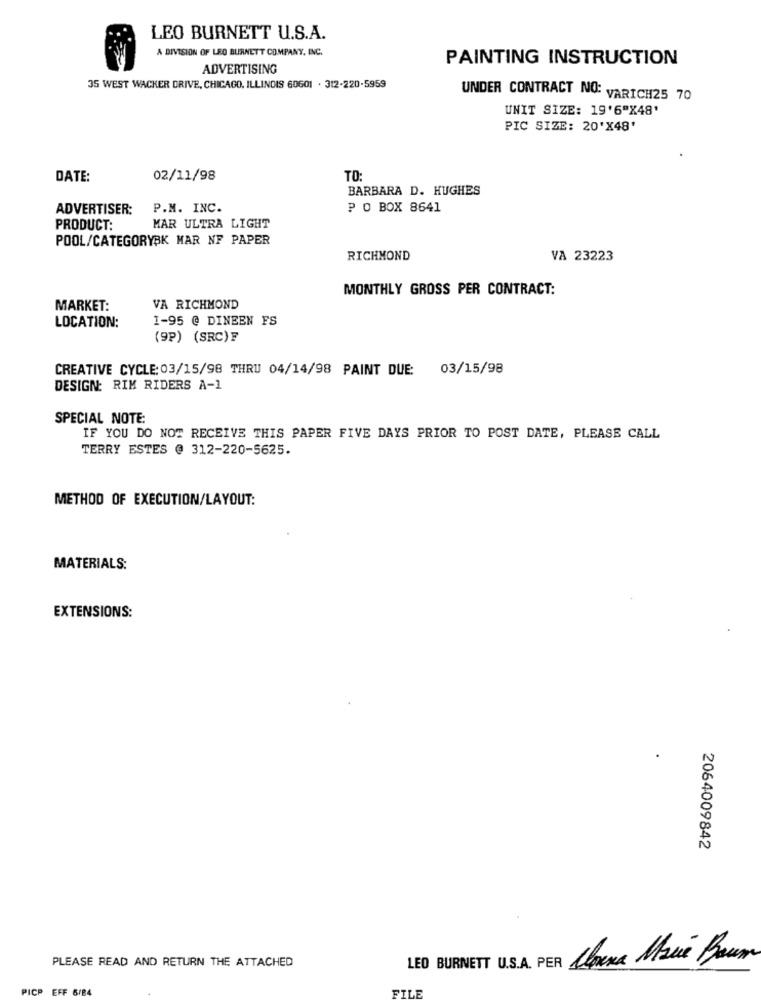
LEO BURNETT U.S.A.
A DIVISION OF LEO BURNETT COMPANY, INC.
PAINTING INSTRUCTION
ADVERTISING
35 WEST WACKER DRIVE, CHICAGO, ILLINOIS 60601 . 312-220-5959
UNDER CONTRACT NO: VARICH25 70
UNIT SIZE: 19'6"X48'
PIC SIZE: 20'X48'
DATE:
02/11/98
TO:
BARBARA D. HUGHES
ADVERTISER:
P.M. INC.
P O BOX 8641
PRODUCT:
MAR ULTRA LIGHT
POOL/CATEGORYBK MAR NF PAPER
RICHMOND
VA 23223
MONTHLY GROSS PER CONTRACT:
MARKET:
VA RICHMOND
LOCATION:
1-95 @ DINEEN FS
(9P) (SRC)F
CREATIVE CYCLE: 03/15/98 THRU 04/14/98 PAINT DUE: 03/15/98
DESIGN: RIM RIDERS A-1
SPECIAL NOTE:
IF YOU DO NOT RECEIVE THIS PAPER FIVE DAYS PRIOR TO POST DATE, PLEASE CALL
TERRY ESTES @ 312-220-5625.
METHOD OF EXECUTION/LAYOUT:
MATERIALS:
EXTENSIONS:
.
2064009842
LEO BURNETT U.S.A. PER Clouna Maue Baum
PLEASE READ AND RETURN THE ATTACHED
PICP EFF 6/84
FILE